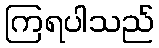
ကြရပါသည်